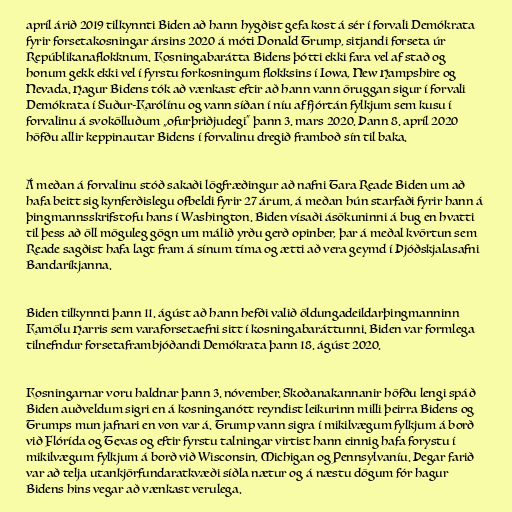
apríl árið 2019 tilkynnti Biden að hann hygðist gefa kost á sér í forvali Demókrata
fyrir forsetakosningar ársins 2020 á móti Donald Trump, sitjandi forseta úr
Repúblikanaflokknum. Kosningabarátta Bidens þótti ekki fara vel af stað og
honum gekk ekki vel í fyrstu forkosningum flokksins í Iowa, New Hampshire og
Nevada. Hagur Bidens tók að vænkast eftir að hann vann öruggan sigur í forvali
Demókrata í Suður-Karólínu og vann síðan í níu af fjórtán fylkjum sem kusu í
forvalinu á svokölluðum „ofurþriðjudegi“ þann 3. mars 2020. Þann 8. apríl 2020
höfðu allir keppinautar Bidens í forvalinu dregið framboð sín til baka.

Á meðan á forvalinu stóð sakaði lögfræðingur að nafni Tara Reade Biden um að
hafa beitt sig kynferðislegu ofbeldi fyrir 27 árum, á meðan hún starfaði fyrir hann á
þingmannsskrifstofu hans í Washington. Biden vísaði ásökuninni á bug en hvatti
til þess að öll möguleg gögn um málið yrðu gerð opinber, þar á meðal kvörtun sem
Reade sagðist hafa lagt fram á sínum tíma og ætti að vera geymd í Þjóðskjalasafni
Bandaríkjanna.

Biden tilkynnti þann 11. ágúst að hann hefði valið öldungadeildarþingmanninn
Kamölu Harris sem varaforsetaefni sitt í kosningabaráttunni. Biden var formlega
tilnefndur forsetaframbjóðandi Demókrata þann 18. ágúst 2020.

Kosningarnar voru haldnar þann 3. nóvember. Skoðanakannanir höfðu lengi spáð
Biden auðveldum sigri en á kosninganótt reyndist leikurinn milli þeirra Bidens og
Trumps mun jafnari en von var á. Trump vann sigra í mikilvægum fylkjum á borð
við Flórída og Texas og eftir fyrstu talningar virtist hann einnig hafa forystu í
mikilvægum fylkjum á borð við Wisconsin, Michigan og Pennsylvaníu. Þegar farið
var að telja utankjörfundaratkvæði síðla nætur og á næstu dögum fór hagur
Bidens hins vegar að vænkast verulega.